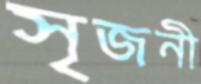
সৃজনী